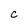
Character: C